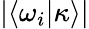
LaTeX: |\langle\omega_{i}|\kappa\rangle|